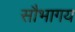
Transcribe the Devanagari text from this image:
सौभागय